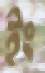
ইং